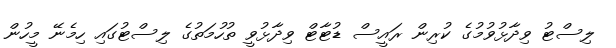
ލިސްޓު ވިދާޅުވުމުގެ ކުރިން ރައީސް ޑުޓާޓް ވިދާޅުވީ ތުހުމަތުގެ ލިސްޓުގައި ހިމެނޭ މީހުން